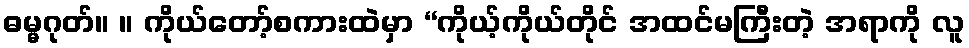
ဓမ္မဂုတ်။ ။ ကိုယ်တော့်စကားထဲမှာ “ကိုယ့်ကိုယ်တိုင် အထင်မကြီးတဲ့ အရာကို လူ